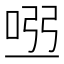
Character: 𠴀